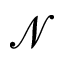
\mathcal { N }